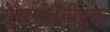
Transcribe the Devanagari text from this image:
सुखसोईंनीयुक्त